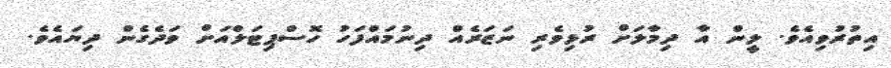
އިތުރުވިއެވެ. ލީން އާ ދިމާލަށް ރުޅިވެރި ނަޒަރެއް ދިނުމައްފަހު ހޮސްޕިޓަލްއަށް ވަދެގެން ދިޔައެވެ.